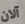
آلان